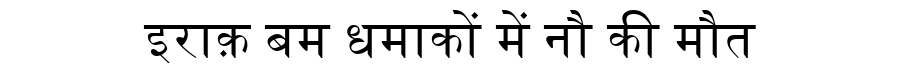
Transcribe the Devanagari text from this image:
इराक़ बम धमाकों में नौ की मौत